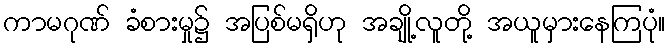
ကာမဂုဏ် ခံစားမှု၌ အပြစ်မရှိဟု အချို့လူတို့ အယူမှားနေကြပုံ။